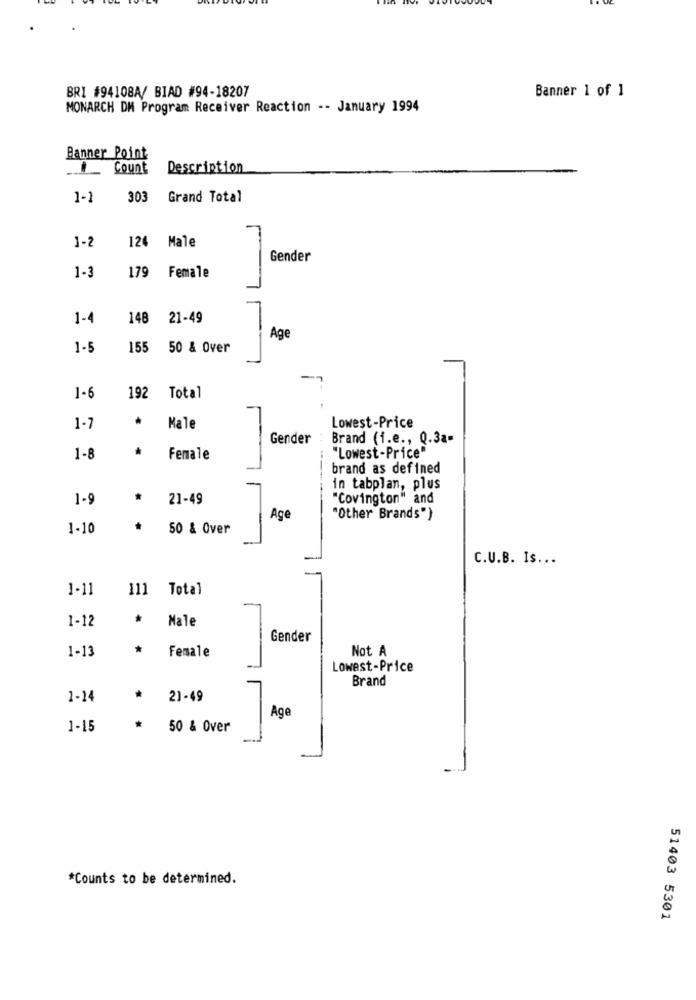
Banner 1 of 1
BRI #94108A/ BIAD #94-18207
MONARCH DM Program Receiver Reaction -- January 1994
Banner Point
1
Count
Description
1-1
303
Grand Total
1-2
124 Male
Gender
1-3
179
Female
1-4
148
21-49
Ag
1-5
155
50 & Over
1-6
192
Total
1-7
Male
Lowest-Price
Gender : Brand (i.e ., Q.3a-
*
1-8
Female
"Lowest-Price"
brand as defined
in tabplan, plus
1-9
21-49
"Covington" and
Age
"Other Brands")
1-10
50 & Over
C.U.B. Is ...
1-11
111
Total
1-12
Male
Gender
1-13
*
Not A
Female
Lowest-Price
Brand
1-14
*
21-49
Age
1-15
*
50 & Over
*Counts to be determined.
51403 5301